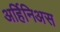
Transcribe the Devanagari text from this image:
अर्हिनिअस